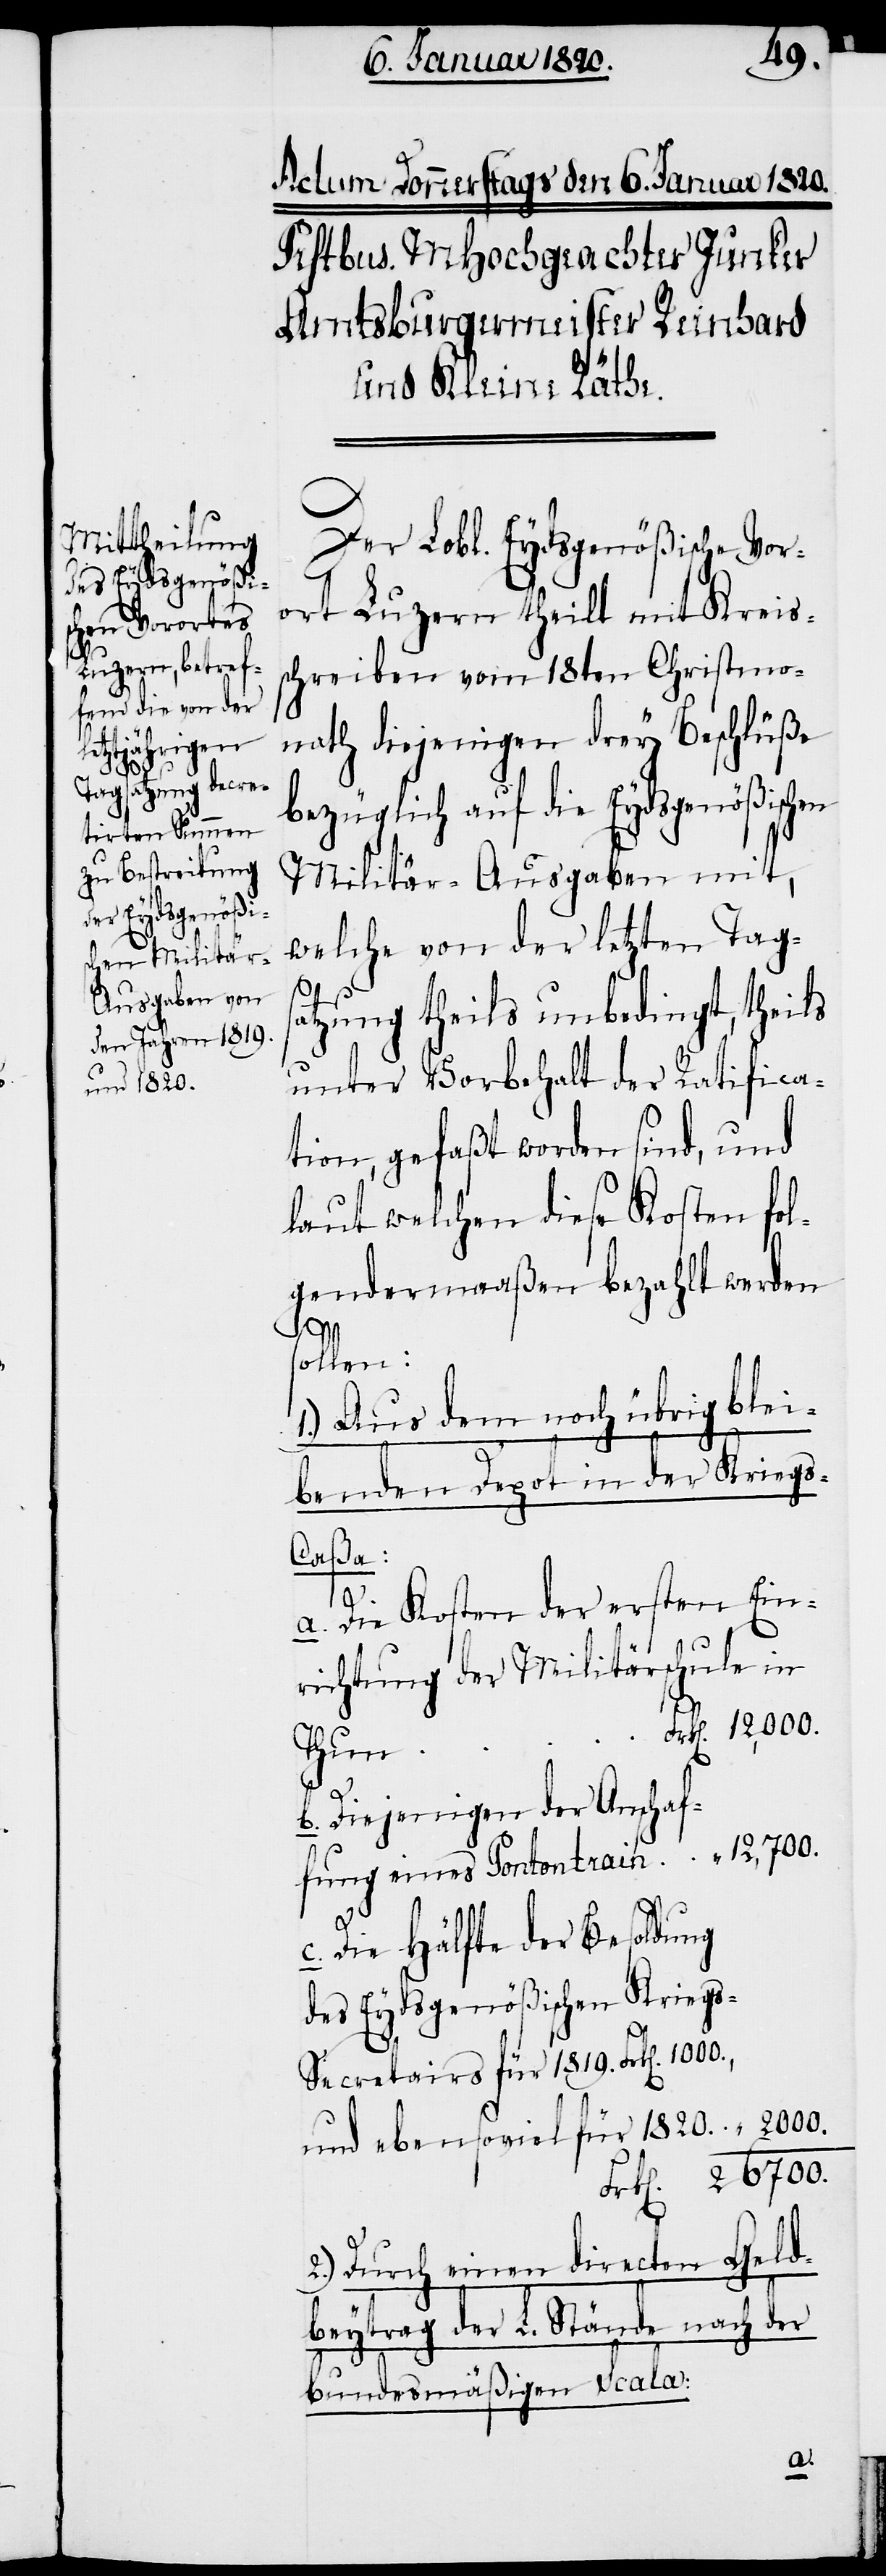
2000.

Der Lobl. Eydsgenößische Vor¬
ort Luzern theilt mit Kreis¬
schreiben vom 18ten Christmo¬
nath diejenigen drey Beschlüße
bezüglich auf die Eydsgenößischen
Militär-Ausgaben mit,
welche von der letzten Tags¬
atzung theils unbedingt, theils
unter Vorbehalt der Ratifica¬
tion, gefaßt worden sind, und
laut welchen diese Kosten fol¬
gendermaaßen bezahlt werden
sollen:
1.) Aus dem noch übrig blei¬
benden Depot in der Krieg¬
s-Caßa:
a. Die Kosten der ersten Ein¬
richtung der Militärschule in
Frk[en]. 12,000.
„
fung
b. Diejenigen der Anschaf¬
c. Die Hälfte der Besoldung
des Eydsgenößischen Krieg¬
s-Secretairs für 1819. Frk[en].
und ebensoviel für 1820.
26700.
Frk[en].
2.) Durch einen directen Geld¬
beytrag der L. Stände nach der
bundesmäßigen Scala: